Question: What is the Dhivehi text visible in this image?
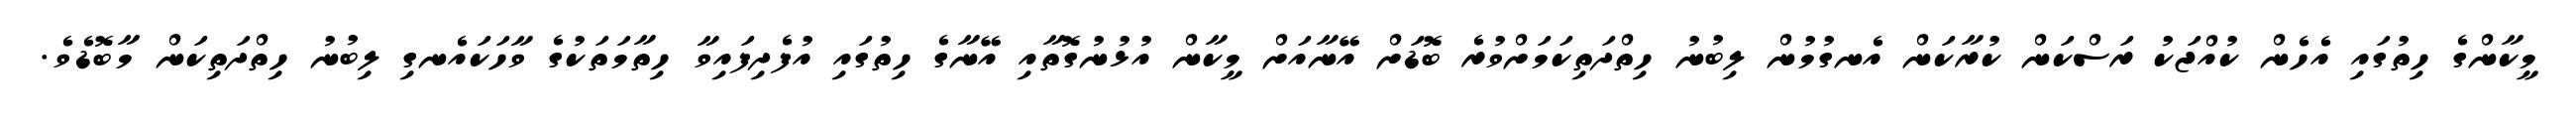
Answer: މީކާންގެ ހިތުގައި އެހެން ކުއްޖަކު ރަސްކަން ކުރާކަން އެނގުމުން ލިބުނު ހިތްދަތިކަމަށްވުރެ ބޮޑަށް އޭނާއަށް މީކާން އުޅުނުގޮތާއި އޭނާގެ ހިތުގައި އުފެދިފައިވާ ހިތާމަތަކުގެ ވާހަކައެނގި ލިބުނު ހިތްދަތިކަން މާބޮޑެވެ.